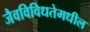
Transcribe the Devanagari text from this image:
जैवविविधतेमधील